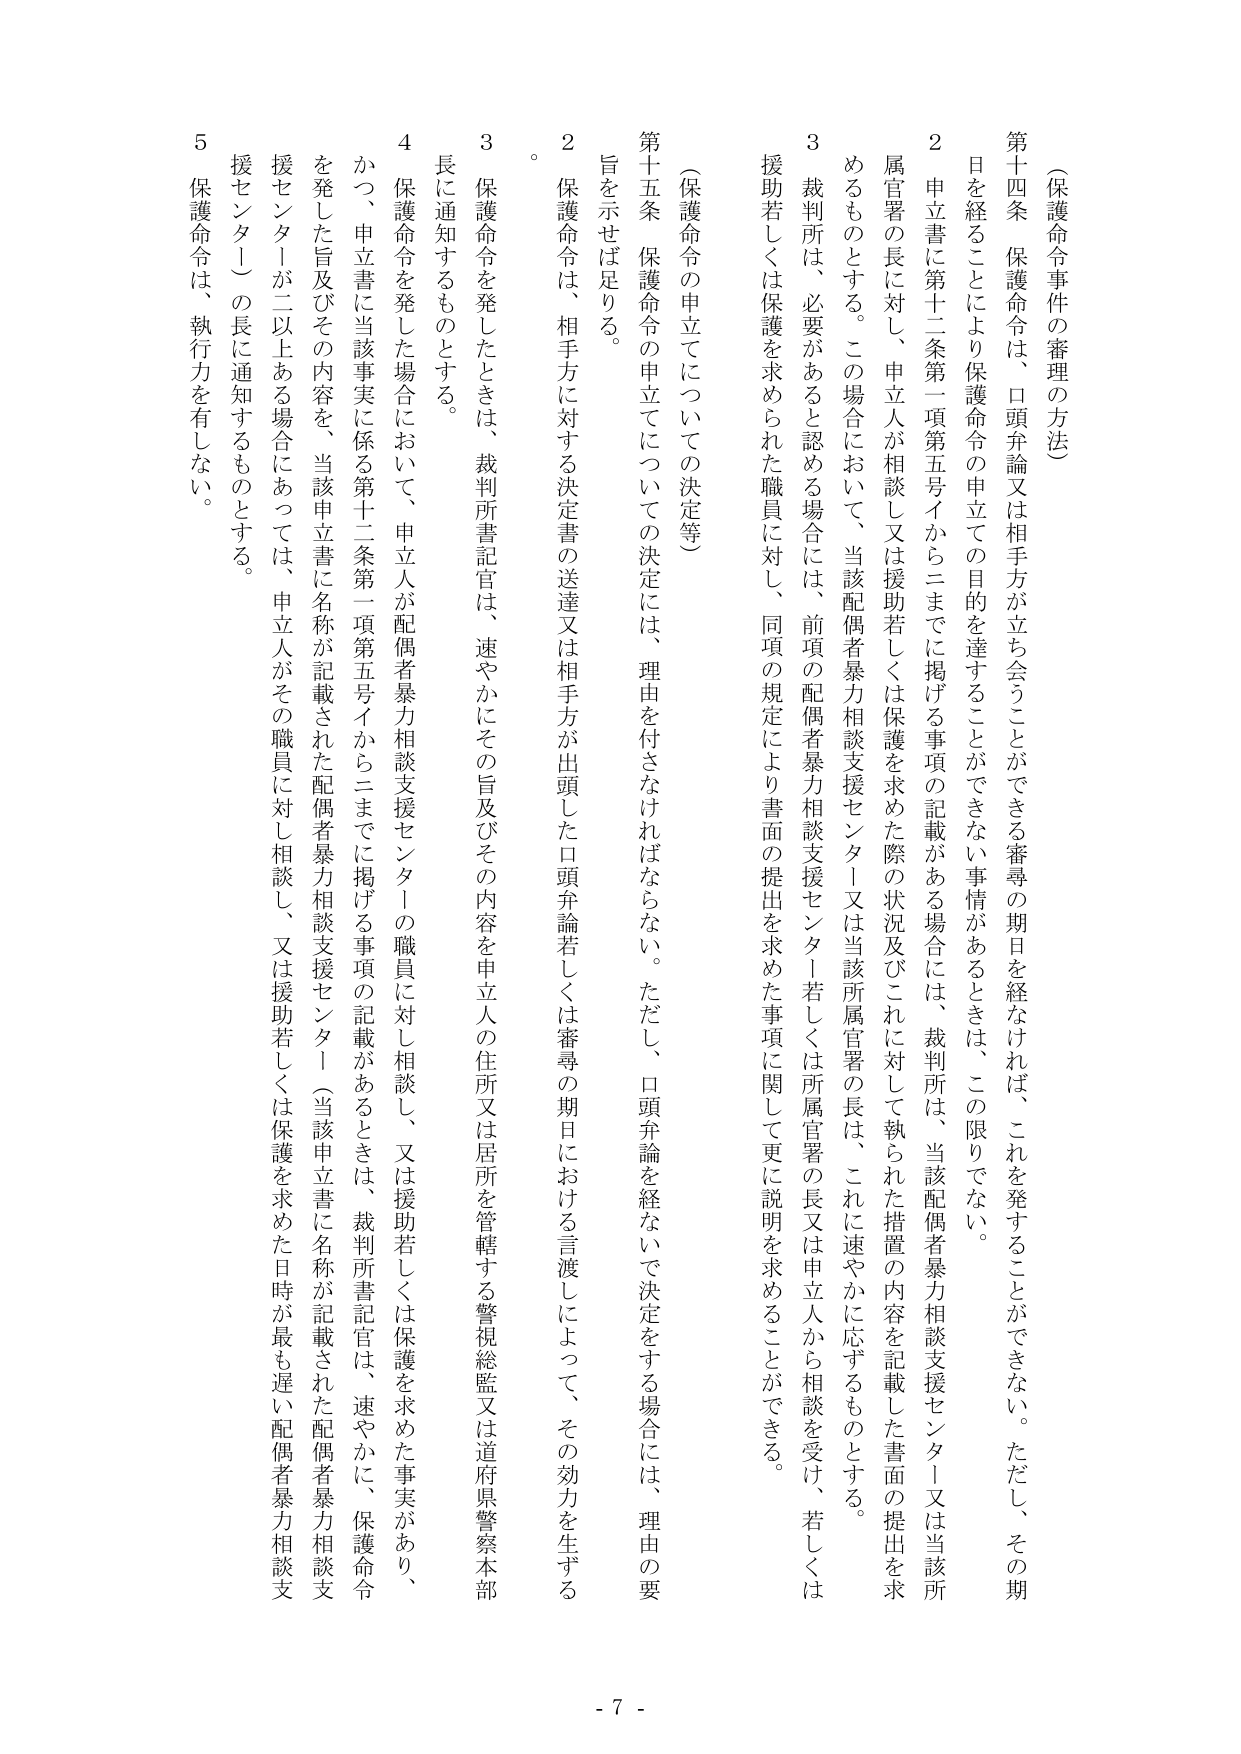
（保護命令事件の審理の方法）

第十四条　保護命令は、口頭弁論又は相手方が立ち会うことができる審尋の期日を経なければ、これを発することができない。ただし、その期日を経ることにより保護命令の申立ての目的を達することができない事情があるときは、この限りでない。

２　申立書に第十二条第一項第五号イからニまでに掲げる事項の記載がある場合には、裁判所は、当該配偶者暴力相談支援センター又は当該所属官署の長に対し、申立人が相談し又は援助若しくは保護を求めた際の状況及びこれに対して執られた措置の内容を記載した書面の提出を求めるものとする。この場合において、当該配偶者暴力相談支援センター若しくは所属官署の長は、これに速やかに応ずるものとする。

３　裁判所は、必要があると認める場合には、前項の配偶者暴力相談支援センター若しくは所属官署の長又は申立人から相談を受け、若しくは援助若しくは保護を求められた職員に対し、同項の規定により書面の提出を求めた事項に関して更に説明を求めることができる。

（保護命令の申立てについての決定等）

第十五条　保護命令の申立てについての決定には、理由を付さなければならない。ただし、口頭弁論を経ないで決定をする場合には、理由の要旨を示せば足りる。

２　保護命令は、相手方に対する決定書の送達又は相手方が出頭した口頭弁論若しくは審尋の期日における言渡しによって、その効力を生ずる。

３　保護命令を発したときは、裁判所書記官は、速やかにその旨及びその内容を申立人の住所又は居所を管轄する警視総監又は道府県警察本部長に通知するものとする。

４　保護命令を発した場合において、申立人が配偶者暴力相談支援センターの職員に対し相談し、又は援助若しくは保護を求めた事実があり、かつ、申立書に当該事実に係る第十二条第一項第五号イからニまでに掲げる事項の記載があるときは、裁判所書記官は、速やかに、保護命令を発した旨及びその内容を、当該申立書に名称が記載された配偶者暴力相談支援センター（当該申立書に名称が記載された配偶者暴力相談支援センターが二以上ある場合にあっては、申立人がその職員に対し相談し、又は援助若しくは保護を求めた日時が最も遅い配偶者暴力相談支援センター）の長に通知するものとする。

５　保護命令は、執行力を有しない。

- 7 -